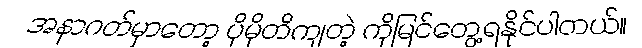
အနာဂတ်မှာတော့ ပိုမိုတိကျတဲ့ ကိုမြင်တွေ့ရနိုင်ပါတယ်။